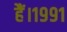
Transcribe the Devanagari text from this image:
हैं।१९९१